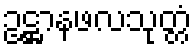
ဥဋ္ဌာနဖလသုတ္တံ